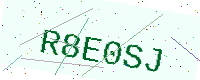
Text: R8E0SJ